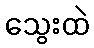
သွေးထဲ